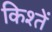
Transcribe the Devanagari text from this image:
किश्तें